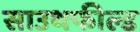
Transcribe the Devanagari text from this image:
साउथफील्ड